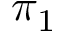
\pi _ { 1 }